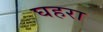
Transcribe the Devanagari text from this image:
घहरा